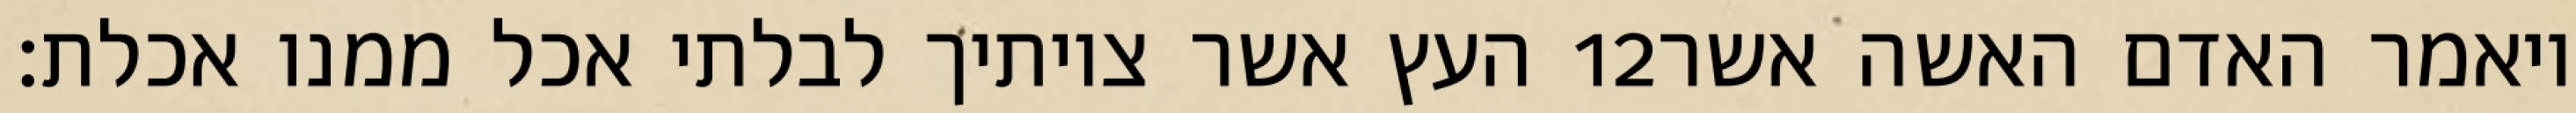
העץ אשר צויתיך לבלתי אכל ממנו אכלת׃ ‎12‏ ויאמר האדם האשה אשר